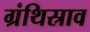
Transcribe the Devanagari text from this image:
ग्रंथिस्राव